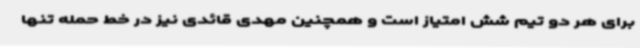
برای هر دو تیم شش امتیاز است و همچنین مهدی قائدی نیز در خط حمله تنها